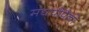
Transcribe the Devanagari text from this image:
मद्यपींपैकी